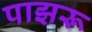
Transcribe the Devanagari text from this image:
पाझरू